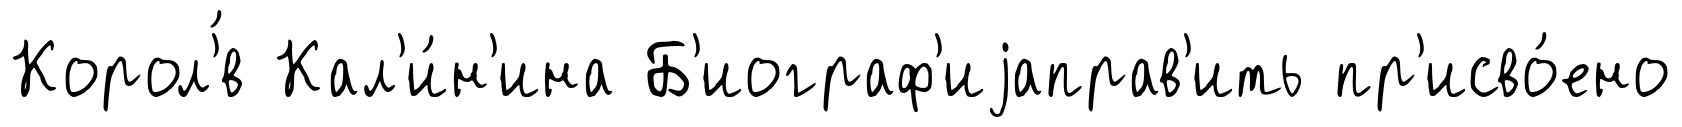
Корол'́в Кал'и́н'ина Б'иограф'иjаправ'ить пр'исво́ено